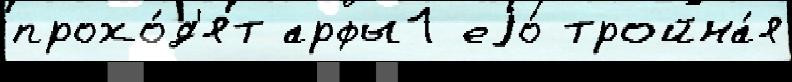
прохо́д'ят арфы1 еjо́ тройна́я